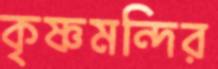
কৃষ্ণমন্দির